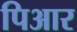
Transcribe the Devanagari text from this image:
पिआर